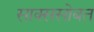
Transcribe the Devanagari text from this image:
साक्ससोबत